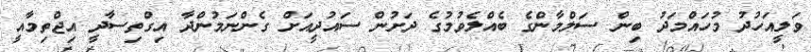
ވަލީއަހުދު މުހައްމަދު ބިން ސަލްމާންގެ ބެއްލެވުމުގެ ދަށުން ސައުދީއަށް ގެންނަމުންދާ އިގްތިސާދީ އިޖްތިމާއީ